Report on vaccination in the Province of Bengal - 1874-1889
Year: 1874
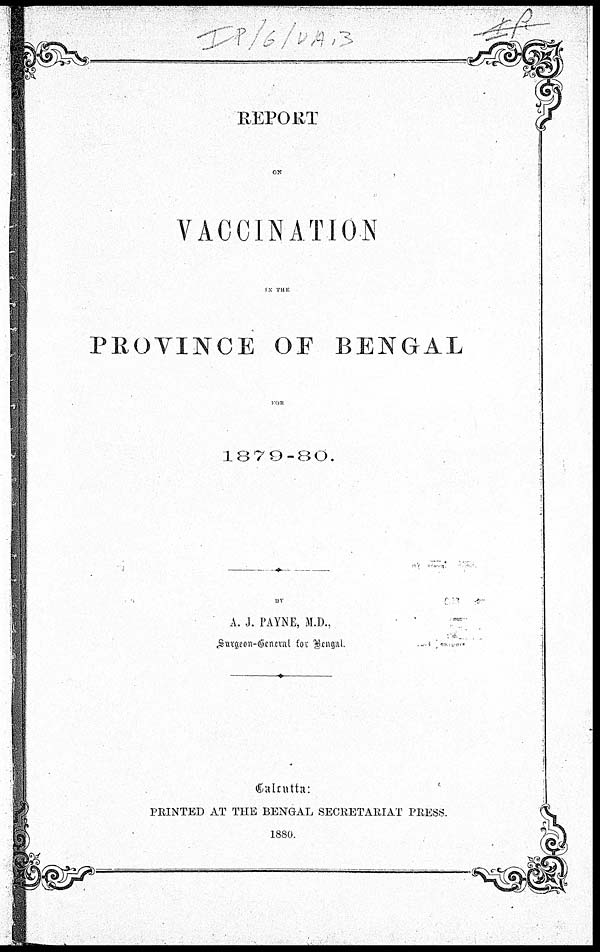
REPORT
ON
VACCINATION
IN THE
PROVINCE OF BENGAL
FOR
1879-80.
BY
A. J. PAYNE, M.D.,
Surgeon-General for Bengal.
Calcutta:
PRINTED AT THE BENGAL SECRETARIAT PRESS.
1880.